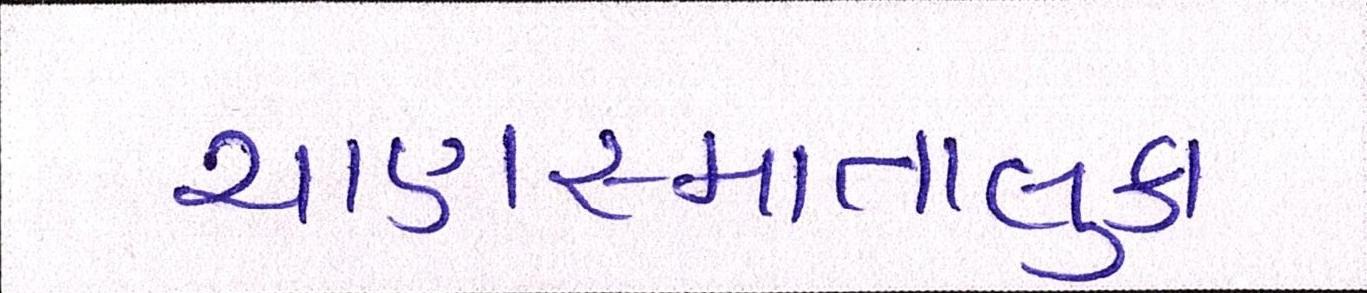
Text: ચાણસ્માતાલુકા